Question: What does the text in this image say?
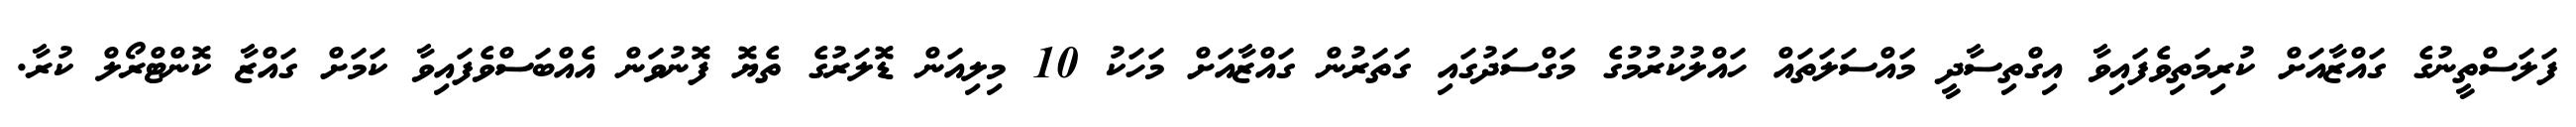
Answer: ފަލަސްތީނުގެ ގައްޒާއަށް ކުރިމަތިވެފައިވާ އިގްތިސާދީ މައްސަލަތައް ހައްލުކުރުމުގެ މަގްސަދުގައި ގަތަރުން ގައްޒާއަށް މަހަކު 10 މިލިއަން ޑޮލަރުގެ ތެޔޮ ފޮނުވަން އެއްބަސްވެފައިވާ ކަމަށް ގައްޒާ ކޮންޓްރޯލް ކުރާ.